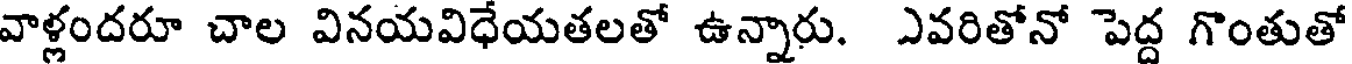
వాళ్లందరూ చాల వినయవిధేయతలతో ఉన్నారు. ఎవరితోనో పెద్ద గొంతుతో